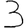
Digit: 3